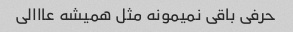
حرفی باقی نمیمونه مثل همیشه عااالی